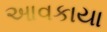
આવકાયા